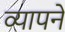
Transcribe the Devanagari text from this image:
व्यापने